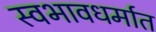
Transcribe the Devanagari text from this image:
स्वभावधर्मात